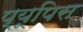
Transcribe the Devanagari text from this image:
प्यूपिस